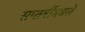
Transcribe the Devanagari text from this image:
सप्तर्षींमधले